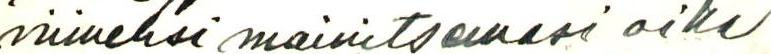
viimeksi mainitsemasi aika